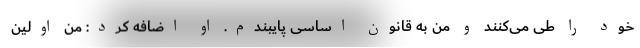
خود را طی می‌کنند و من به قانون اساسی پایبندم. او اضافه کرد: من اولین